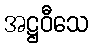
အဋ္ဌဝီသေ